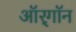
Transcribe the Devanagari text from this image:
ऑर्‌गॉन